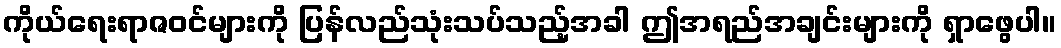
ကိုယ်ရေးရာဇဝင်များကို ပြန်လည်သုံးသပ်သည့်အခါ ဤအရည်အချင်းများကို ရှာဖွေပါ။